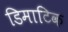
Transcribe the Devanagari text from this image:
डिमाटिक